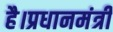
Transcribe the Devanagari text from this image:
है।प्रधानमंत्री